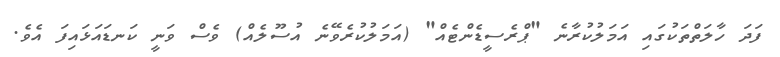
ފަދަ ހާލަތްތަކުގައި އަމަލުކުރާނެ "ޕްރެސީޑެންޓެއް" (އަމަލުކުރެވޭނެ އުސޫލެއް) ވެސް ވަނީ ކަނޑައަޅައިފަ އެވެ.